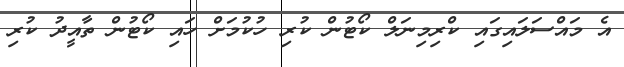
އެ މައްސަލައިގައި ކްރިމިނަލް ކޯޓުން ކުރި ހުކުމަށް ހައި ކޯޓުން ތާއީދު ކުރި